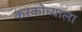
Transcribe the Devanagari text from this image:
करकोच्याला